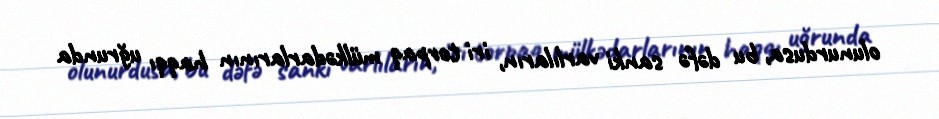
olunurdusa, bu dəfə sanki varlıların, iri torpaq mülkədarlarının haqqı uğrunda